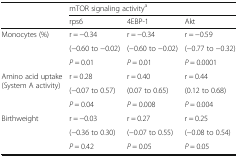
<table><thead><tr><td rowspan="2">[EMPTY_CELL]</td><td colspan="3"><b>mTOR signaling activity<sup>a</sup></b></td></tr><tr><td><b>rps6</b></td><td><b>4EBP-1</b></td><td><b>Akt</b></td></tr></thead><tbody><tr><td rowspan="3">Monocytes (%)</td><td>r = −0.34</td><td>r = −0.34</td><td>r = −0.59</td></tr><tr><td>(−0.60 to −0.02)</td><td>(−0.60 to −0.02)</td><td>(−0.77 to −0.32)</td></tr><tr><td><i>P</i> = 0.01</td><td><i>P</i> = 0.01</td><td><i>P</i> = 0.0001</td></tr><tr><td rowspan="3">Amino acid uptake (System A activity)</td><td>r = 0.28</td><td>r = 0.40</td><td>r = 0.44</td></tr><tr><td>(−0.07 to 0.57)</td><td>(0.07 to 0.65)</td><td>(0.12 to 0.68)</td></tr><tr><td><i>P</i> = 0.04</td><td><i>P</i> = 0.008</td><td><i>P</i> = 0.004</td></tr><tr><td rowspan="3">Birthweight</td><td>r = −0.03</td><td>r = 0.27</td><td>r = 0.25</td></tr><tr><td>(−0.36 to 0.30)</td><td>(−0.07 to 0.55)</td><td>(−0.08 to 0.54)</td></tr><tr><td><i>P</i> = 0.42</td><td><i>P</i> = 0.05</td><td><i>P</i> = 0.05</td></tr></tbody></table>